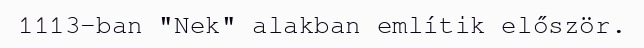
1113-ban "Nek" alakban említik először.